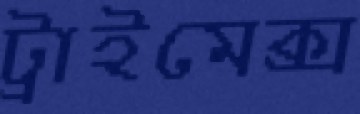
ট্রাইমেক্স